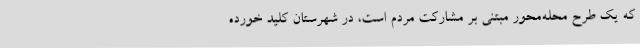
که یک طرح محله‌محور مبتنی بر مشارکت مردم است، در شهرستان کلید خورده